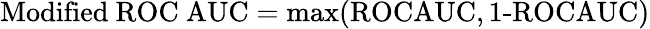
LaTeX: \mathrm{Modified~ROC~AUC}=\operatorname*{max}(\textrm{ROCAUC},\textrm{1-ROCAUC})